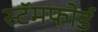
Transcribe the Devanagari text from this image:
स्टॅमफोर्ड